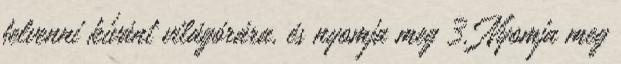
felvenni kívánt világórára, és nyomja meg 3. Nyomja meg